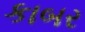
કાબર